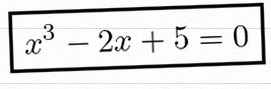
x^3-2x+5=0